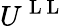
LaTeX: U^{\mathrm{~L~L~}}